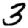
Digit: 3